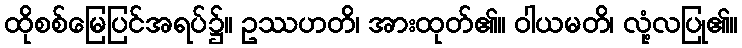
ထိုစစ်မြေပြင်အရပ်၌။ ဥဿဟတိ၊ အားထုတ်၏။ ဝါယမတိ၊ လုံ့လပြု၏။